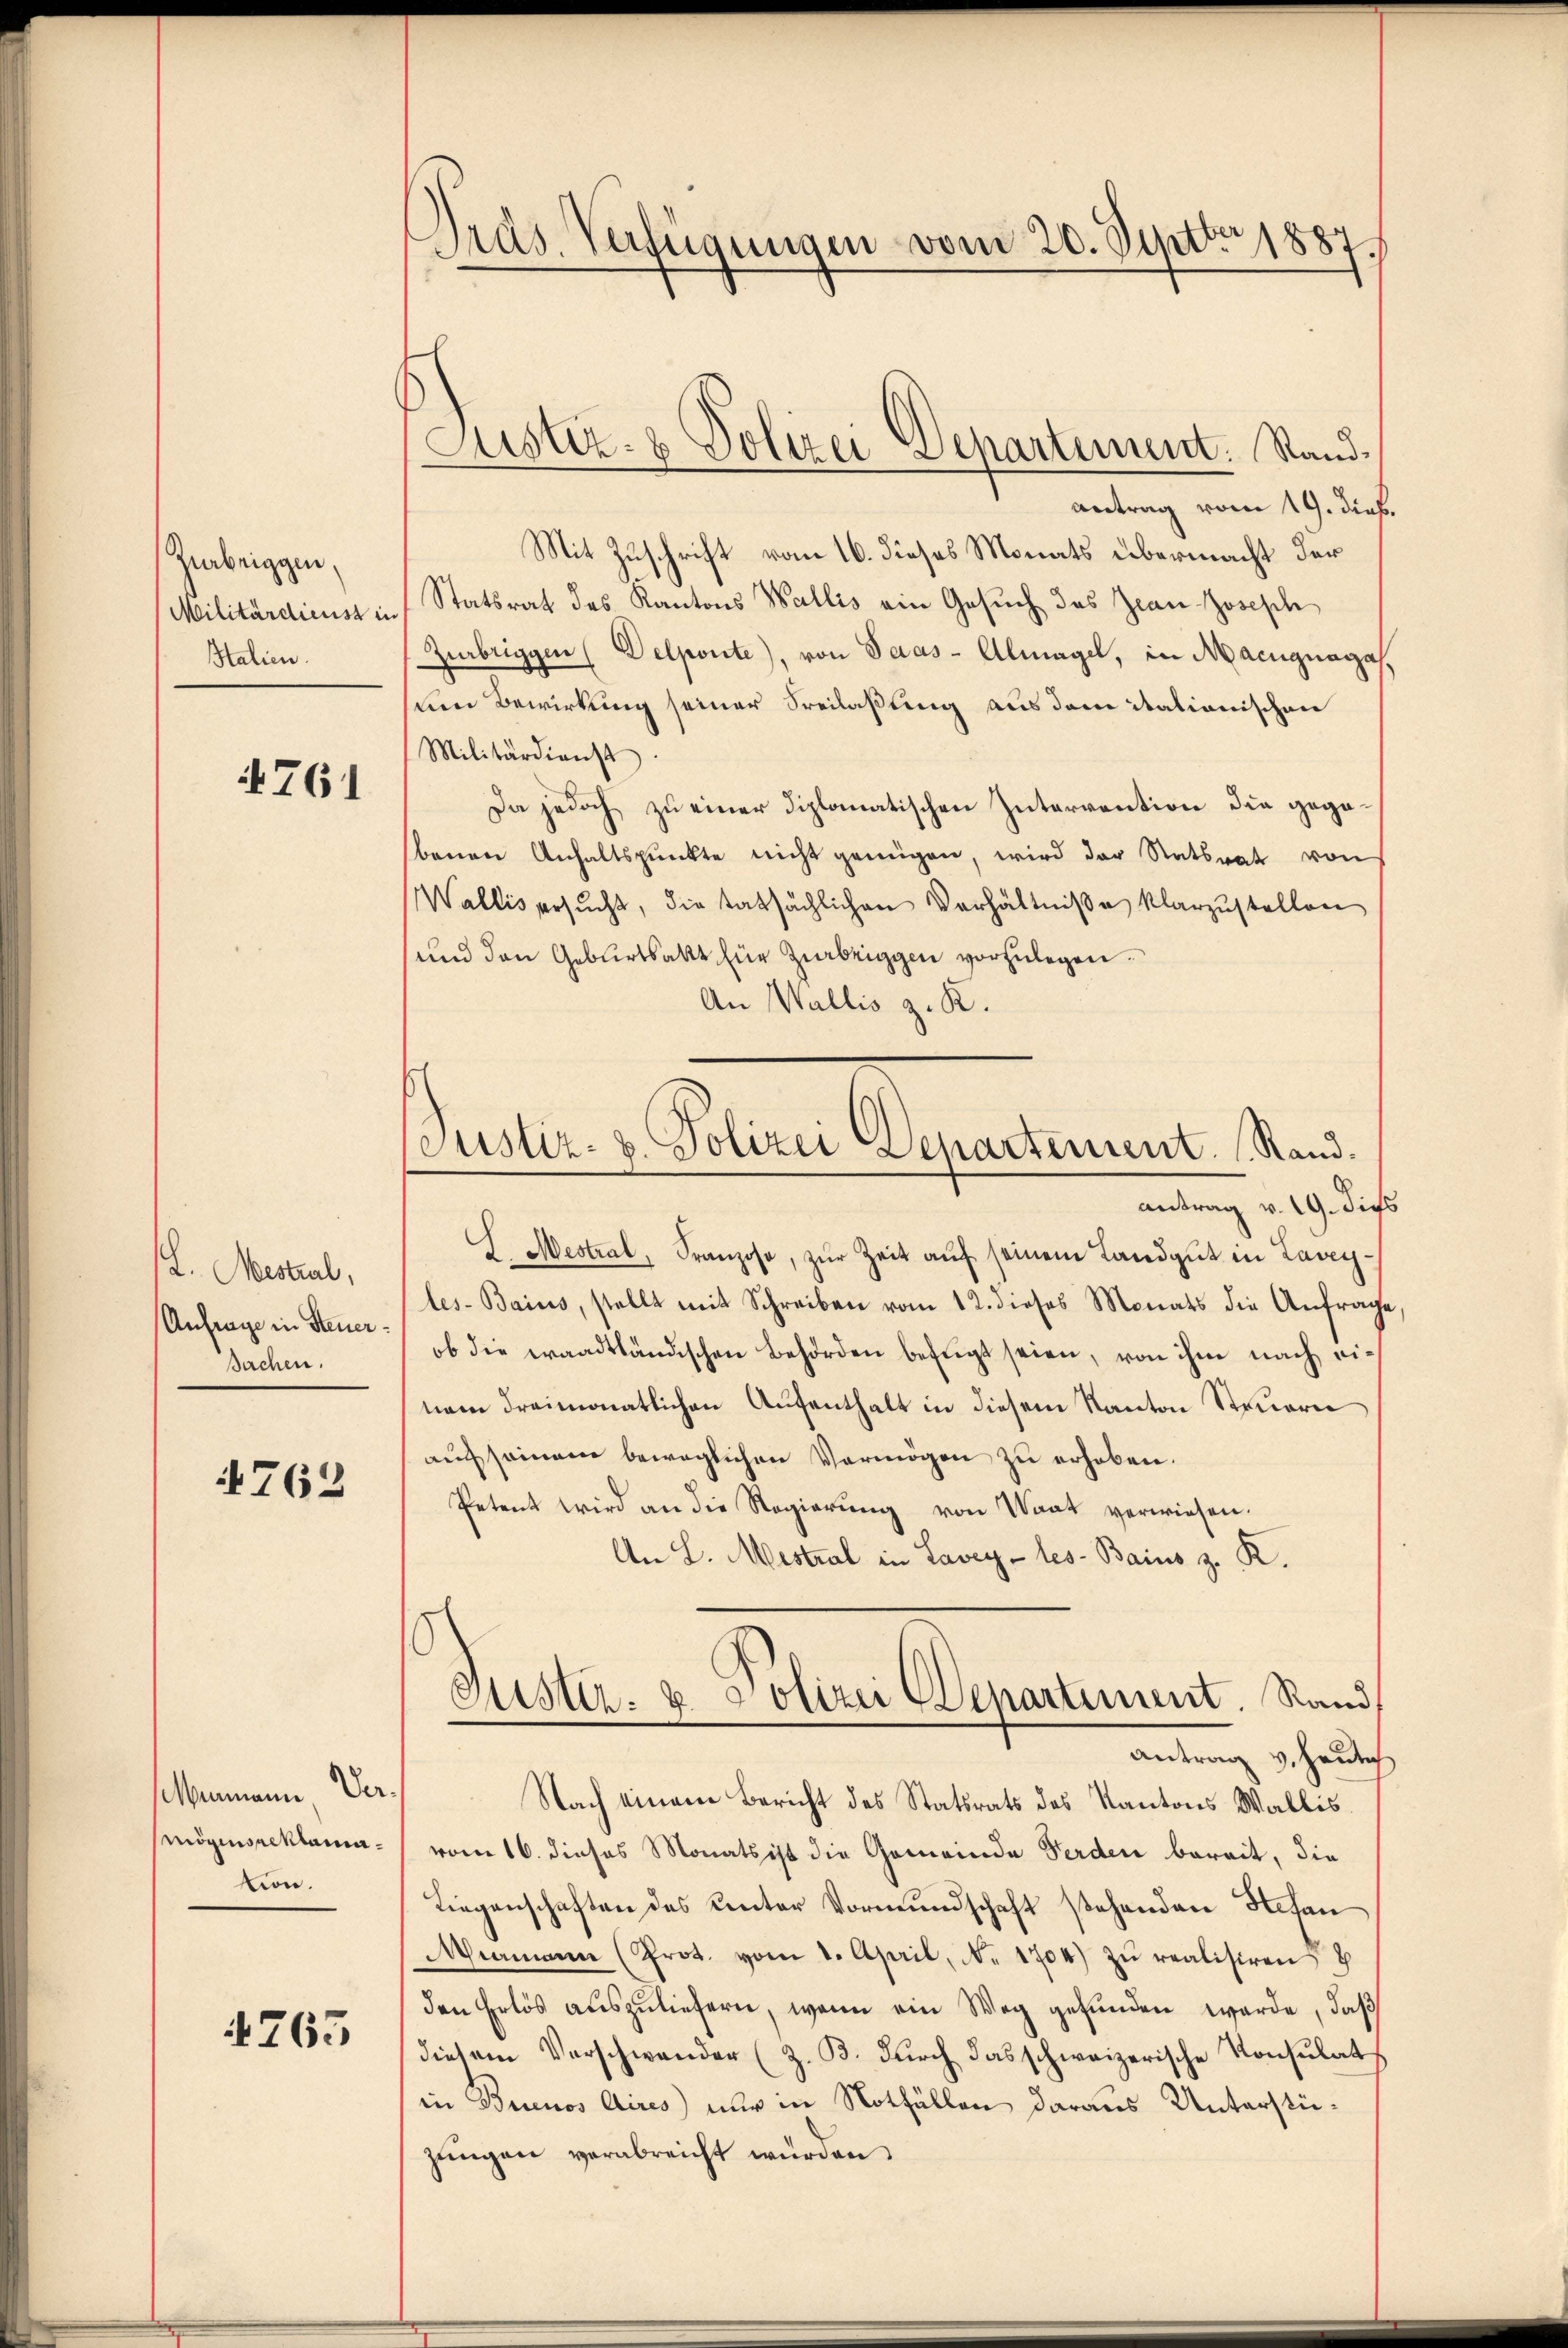
Zurbeiggen,
Militärdienst in
Stalien.

761

. Mestral,
Anfrage in Steuer¬
Sachen.

4762

enmann Vermögins reklamation.

4763

Gras Verfügungen vom 20. Septbr. 1887.

Sistiz- & Polizei Departement. Rand¬

antrag vom 19. dieß.
Mit Zuschrift vom 16. dieses Monats übermacht der
Statsrat des Kantons Wallis ein Gesuch das Jean Josisch
Zurbriggen (Delponte, von Saas-Almagel, in Macignagas,
de Bewirkung seiner Seilaßung aus dem italionischen
Militärdienst
Da jedoch zu einer diplomatischen Intervention die gegebenen Anhaltspunkte nicht genügen, wird der Ratsrat von
Wallis ersŭcht, die tatsächlichen Verhältniße klarzustellen
und den Geburtsakt für Zerbeiggen vorzulegen.
An Wallis z. R.
antrag v. 19. Dies
L. Mestral, Franzose, zur Zeit auf seinem Landgut in Laveyles-Bains, stellt mit Schreiben vom 12. dieses Monats die Anfrage
ob die eraadtländischen Behörden befugt seien, von ihm nach einem dreimonatlichen Aufenthalt in diesem Kanton Steuern
auch seinem beweglichen Vermögen zu erhoben.
Petent wird an die Regierŭng von Waat verwiesen.
An L. Mestral in Lavey-les-Bains z. K.
Justiz- u. Polizei Departement. Stand
Antrag v. Heulich
Nach einem Bericht des Statsrats des Kantons Wallis,
vom 16. dieses Monats ist die Gemeinde Ferden bereit, die
Liegenschaften des Unter Vormundschaft stehenden Stefan
Miamann (Prot. vom 1. April, N. 1704) zŭ realisiren
den Erlös auszuliefern, wenn ein Weg gefunden werde, daß
diesem Verschwander (z. B. durch das schweizerische Konsulat
in Buenos Aires nur in Notfällen daraus Unterstüzungen verabreicht wurden.

Justiz- u. Polizei Departement. Rand.